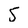
Character: 5